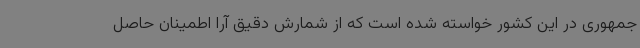
جمهوری در این کشور خواسته شده است که از شمارش دقیق آرا اطمینان حاصل